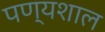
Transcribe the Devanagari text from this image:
पण्यशाल